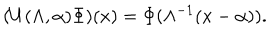
( U ( \Lambda , \alpha ) \Phi ) ( x ) = \Phi ( \Lambda ^ { - 1 } ( x - \alpha ) ) .